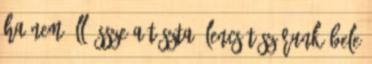
ha nem áll össze a tészta. Lencsét szórunk bele